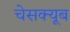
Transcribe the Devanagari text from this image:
चेसक्यूब